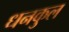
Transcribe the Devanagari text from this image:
धनकुल